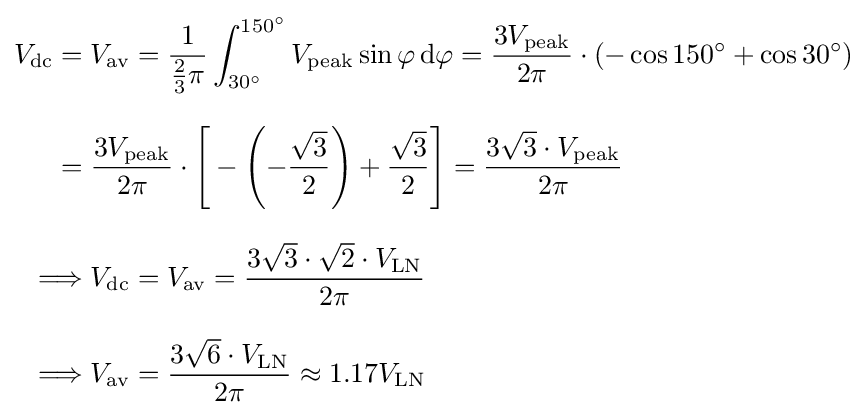
{\begin{aligned}V_{\mathrm {dc} }={}&V_{\mathrm {av} }={\frac {1}{{\frac {2}{3}}\pi }}\int _{30^{\circ }}^{150^{\circ }}V_{\mathrm {peak} }\sin \varphi \,\mathrm {d} \varphi ={\frac {3V_{\mathrm {peak} }}{2\pi }}\cdot \left(-\cos 150^{\circ }+\cos 30^{\circ }\right)\\[8pt]={}&{\frac {3V_{\mathrm {peak} }}{2\pi }}\cdot {\Biggl [}-\left(-{\frac {\sqrt {3}}{2}}\right)+{\frac {\sqrt {3}}{2}}{\Biggl ]}={\frac {3{\sqrt {3}}\cdot V_{\mathrm {peak} }}{2\pi }}\\[8pt]\Longrightarrow {}&V_{\mathrm {dc} }=V_{\mathrm {av} }={\frac {3{\sqrt {3}}\cdot {\sqrt {2}}\cdot V_{\mathrm {LN} }}{2\pi }}\\[8pt]\Longrightarrow {}&V_{\mathrm {av} }={\frac {3{\sqrt {6}}\cdot V_{\mathrm {LN} }}{2\pi }}\approx 1.17V_{\mathrm {LN} }\end{aligned}}